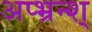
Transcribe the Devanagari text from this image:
अप्भ्रन्श्